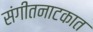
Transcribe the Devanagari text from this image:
संगीतनाटकात